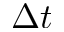
\Delta t